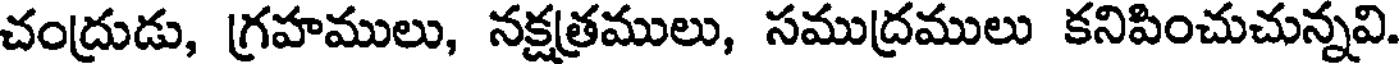
చంద్రుడు, గ్రహములు, నక్షత్రములు, సముద్రములు కనిపించుచున్నవి.